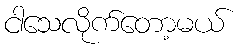
ငါသေလိုက်တော့မယ်